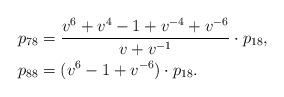
LaTeX: \begin{align*} & p_{78} = \frac{v^6 + v^4 -1 + v^{-4} + v^{-6}}{v + v^{-1}} \cdot p_{18} , \\ & p_{88}= (v^6 -1 + v^{-6}) \cdot p_{18} .\end{align*}